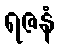
ရဇနံ